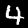
Label: 4